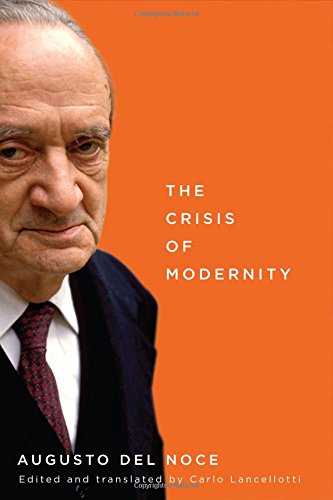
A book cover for The Crisis of Modernity; Augusto Del Noce; Gay & Lesbian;